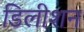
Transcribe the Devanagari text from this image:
डिलीशन